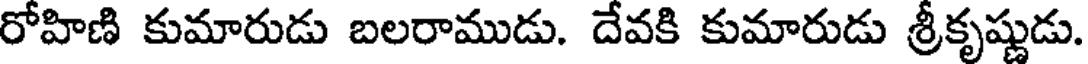
రోహిణి కుమారుడు బలరాముడు. దేవకి కుమారుడు శ్రీకృష్ణుడు.